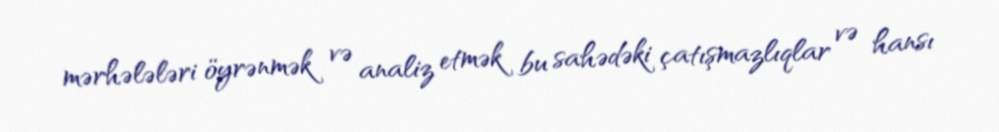
mərhələləri öyrənmək və analiz etmək bu sahədəki çatışmazlıqlar və hansı